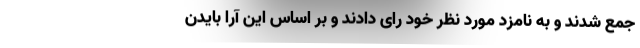
جمع شدند و به نامزد مورد نظر خود رای دادند و بر اساس این آرا بایدن